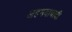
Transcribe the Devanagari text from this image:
अहमदाबादी